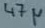
Text: 47µ